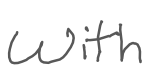
Text: with
Cross-out: clean
Writing tool: digital_gray